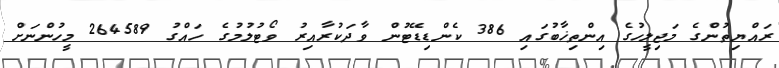
ރައްޔިތުންގެ މަޖިލީހުގެ އިންތިޚާބުގައި 386 ކެންޑިޑޭޓުން ވާދަކުރާއިރު ވޯޓުލުމުގެ ހައްގު 264589 މީހުންނަށް